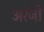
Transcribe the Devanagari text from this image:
अरंजी